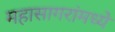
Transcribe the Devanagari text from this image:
महासागरांमध्ये